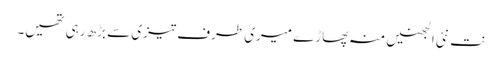
نت نئی الجھنیں منہ پھاڑے میری طرف تیزی سے بڑھ رہی تھیں۔